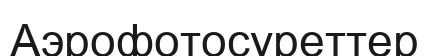
Аэрофотосуреттер